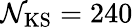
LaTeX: \mathcal{N}_{\mathrm{{KS}}}=240